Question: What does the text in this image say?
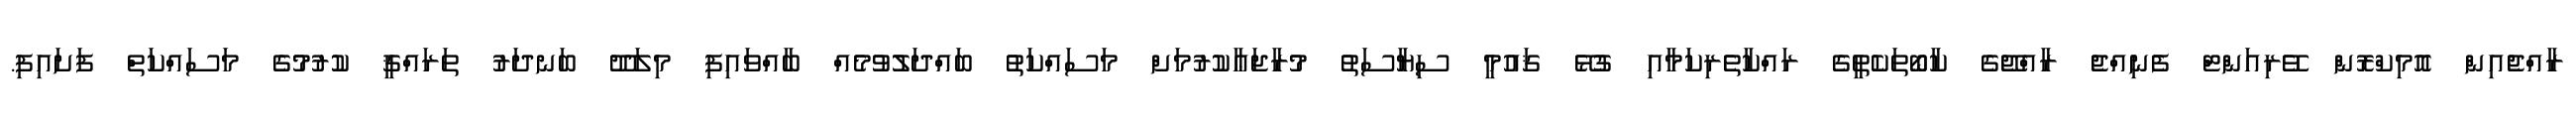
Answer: ރާއްޖެއިން އޮމިކްރޮން ވޭރިއަންޓް ފެނިއްޖެ ރާއްޖޭގެ ކާބޯތަކެތީގެ ރައްކާތެރިކަމާއި ގުޅޭ ޤައުމީ ސިޔާސަތު މުރާޖަޢާކުރުމަށް މަސައްކަތު ބައްދަލުވުމެއް ބާއްވައިފި މިލަދޫ ބަނދަރު ތަރައްޤީ ކުރުމުގެ މަސައްކަތް ފަށައިފި.